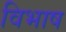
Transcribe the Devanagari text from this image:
विभाष